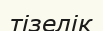
тізелік